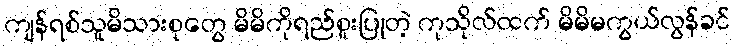
ကျန်ရစ်သူမိသားစုတွေ မိမိကိုရည်စူးပြုတဲ့ ကုသိုလ်ထက် မိမိမကွယ်လွန်ခင်